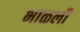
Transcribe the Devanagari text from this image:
भाळली